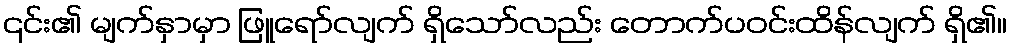
၎င်း၏ မျက်နှာမှာ ဖြူရော်လျက် ရှိသော်လည်း တောက်ပဝင်းထိန်လျက် ရှိ၏။